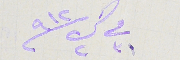
فى ٣١ ك٢ ٩١٢